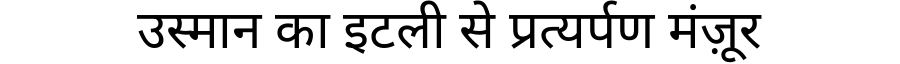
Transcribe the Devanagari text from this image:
उस्मान का इटली से प्रत्यर्पण मंज़ूर